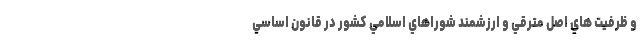
و ظرفيت هاي اصل مترقي و ارزشمند شوراهاي اسلامي كشور در قانون اساسي